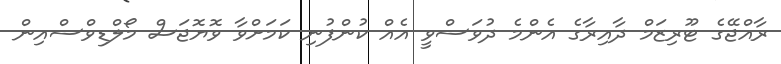
ރާއްޖޭގެ ޓޫރިޒަމް ދާއިރާގެ އެންމެ ދުވަސްވީ އެއް ކުންފުނި ކަމަށްވާ ވޮޔޮޖަސް މޯލްޑިވްސްއިން